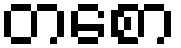
တစော